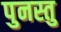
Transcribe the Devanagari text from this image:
पुनस्तु